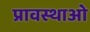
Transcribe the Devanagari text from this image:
प्रावस्थाओ